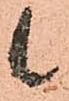
候